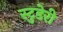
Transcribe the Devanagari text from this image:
स्टुडेरी